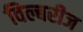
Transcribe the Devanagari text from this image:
विल्बरीज